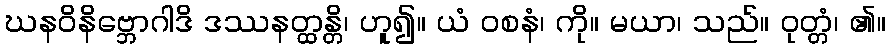
ဃနဝိနိဗ္ဘောဂါဒိ ဒဿနတ္ထန္တိ၊ ဟူ၍။ ယံ ဝစနံ၊ ကို။ မယာ၊ သည်။ ဝုတ္တံ၊ ၏။